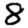
Digit: 8